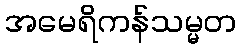
အမေရိကန်သမ္မတ